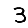
Digit: 3